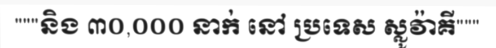
"""និង ៣០,០០០ នាក់ នៅ ប្រទេស ស្លូវ៉ាគី"""